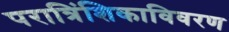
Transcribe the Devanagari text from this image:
परात्रिंशिकाविवरण